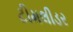
ટીમલીડર